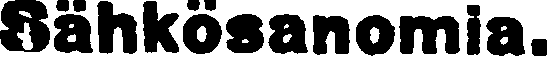
Sähkösanomia.